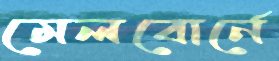
মেলবোর্নে